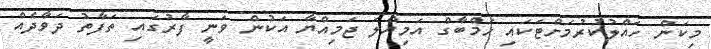
މިކަން ހައްލުކުރުމަށްޓަކައި ހަމްބާގް އަމިއްލަ ޖަމިއްޔާ އަކުން ވަނީ ފާރުގައި ތަފާތު ދަވާދެއް